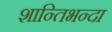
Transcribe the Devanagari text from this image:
शान्तिभन्दा